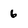
Character: 6